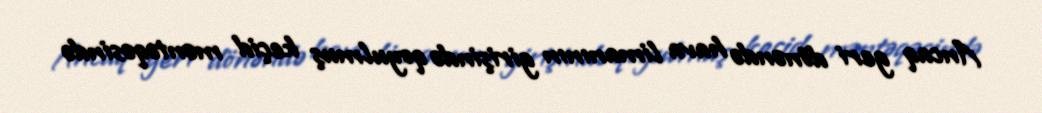
Ancaq geri dönəndə hava limanının girişində qoyulmuş keçid məntəqəsində